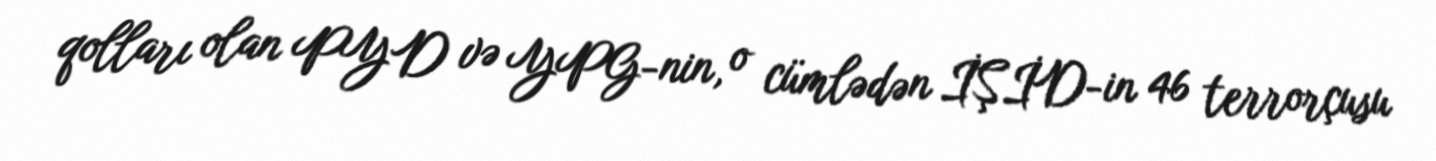
qolları olan PYD və YPG-nin, o cümlədən İŞİD-in 46 terrorçusu